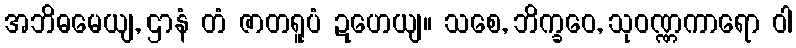
အဘိဓမေယျ, ဌာနံ တံ ဇာတရူပံ ဍဟေယျ။ သစေ, ဘိက္ခဝေ, သုဝဏ္ဏကာရော ဝါ